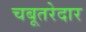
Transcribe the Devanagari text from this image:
चबूतरेदार